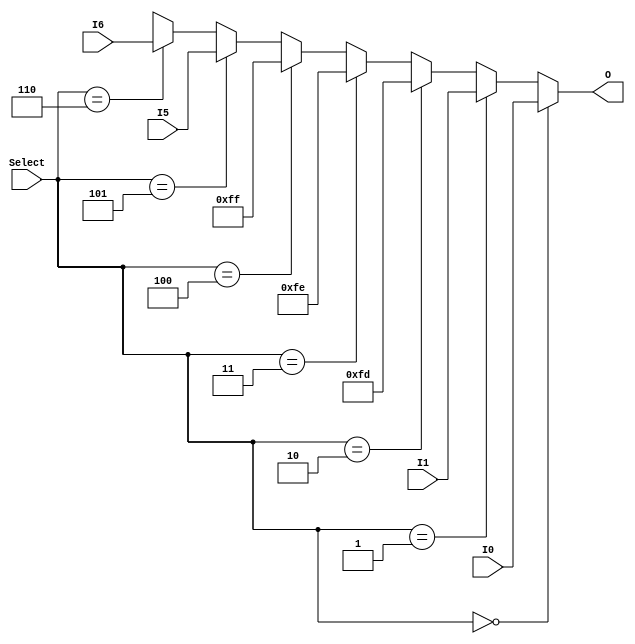
// // MUX 7 para 1 usado como MemAdrsSrc.

module MUX_MemAdrsSrc (
    output wire [31:0] O,
    input  wire [31:0] I0,
    input  wire [31:0] I1,
    input  wire [31:0] I5,
    input  wire [31:0] I6,
    input  wire [2:0]  Select
);

assign O = (Select == 3'b000) ? I0:      // PC
           (Select == 3'b001) ? I1:      // ALU Out Register
           (Select == 3'b010) ? 32'd253: // 253
           (Select == 3'b011) ? 32'd254: // 254
           (Select == 3'b100) ? 32'd255: // 255
           (Select == 3'b101) ? I5:      // A
           (Select == 3'b110) ? I6:      // B
                             32'bx;
    
endmodule